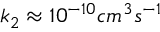
k _ { 2 } \approx 1 0 ^ { - 1 0 } c m ^ { 3 } s ^ { - 1 }